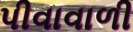
પીવાવાળી